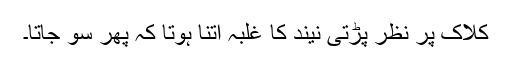
کلاک پر نظر پڑتی نیند کا غلبہ اتنا ہوتا کہ پھر سو جاتا۔